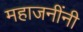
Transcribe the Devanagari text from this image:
महाजनींनी